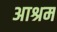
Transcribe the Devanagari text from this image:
अाश्रम